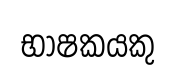
භාෂකයකු